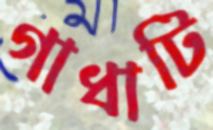
গাধাটি